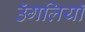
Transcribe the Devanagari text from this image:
उॅगलियाॅ